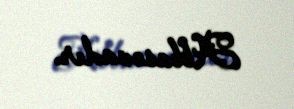
Abbasovadır.